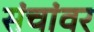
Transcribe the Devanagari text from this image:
संचांवर